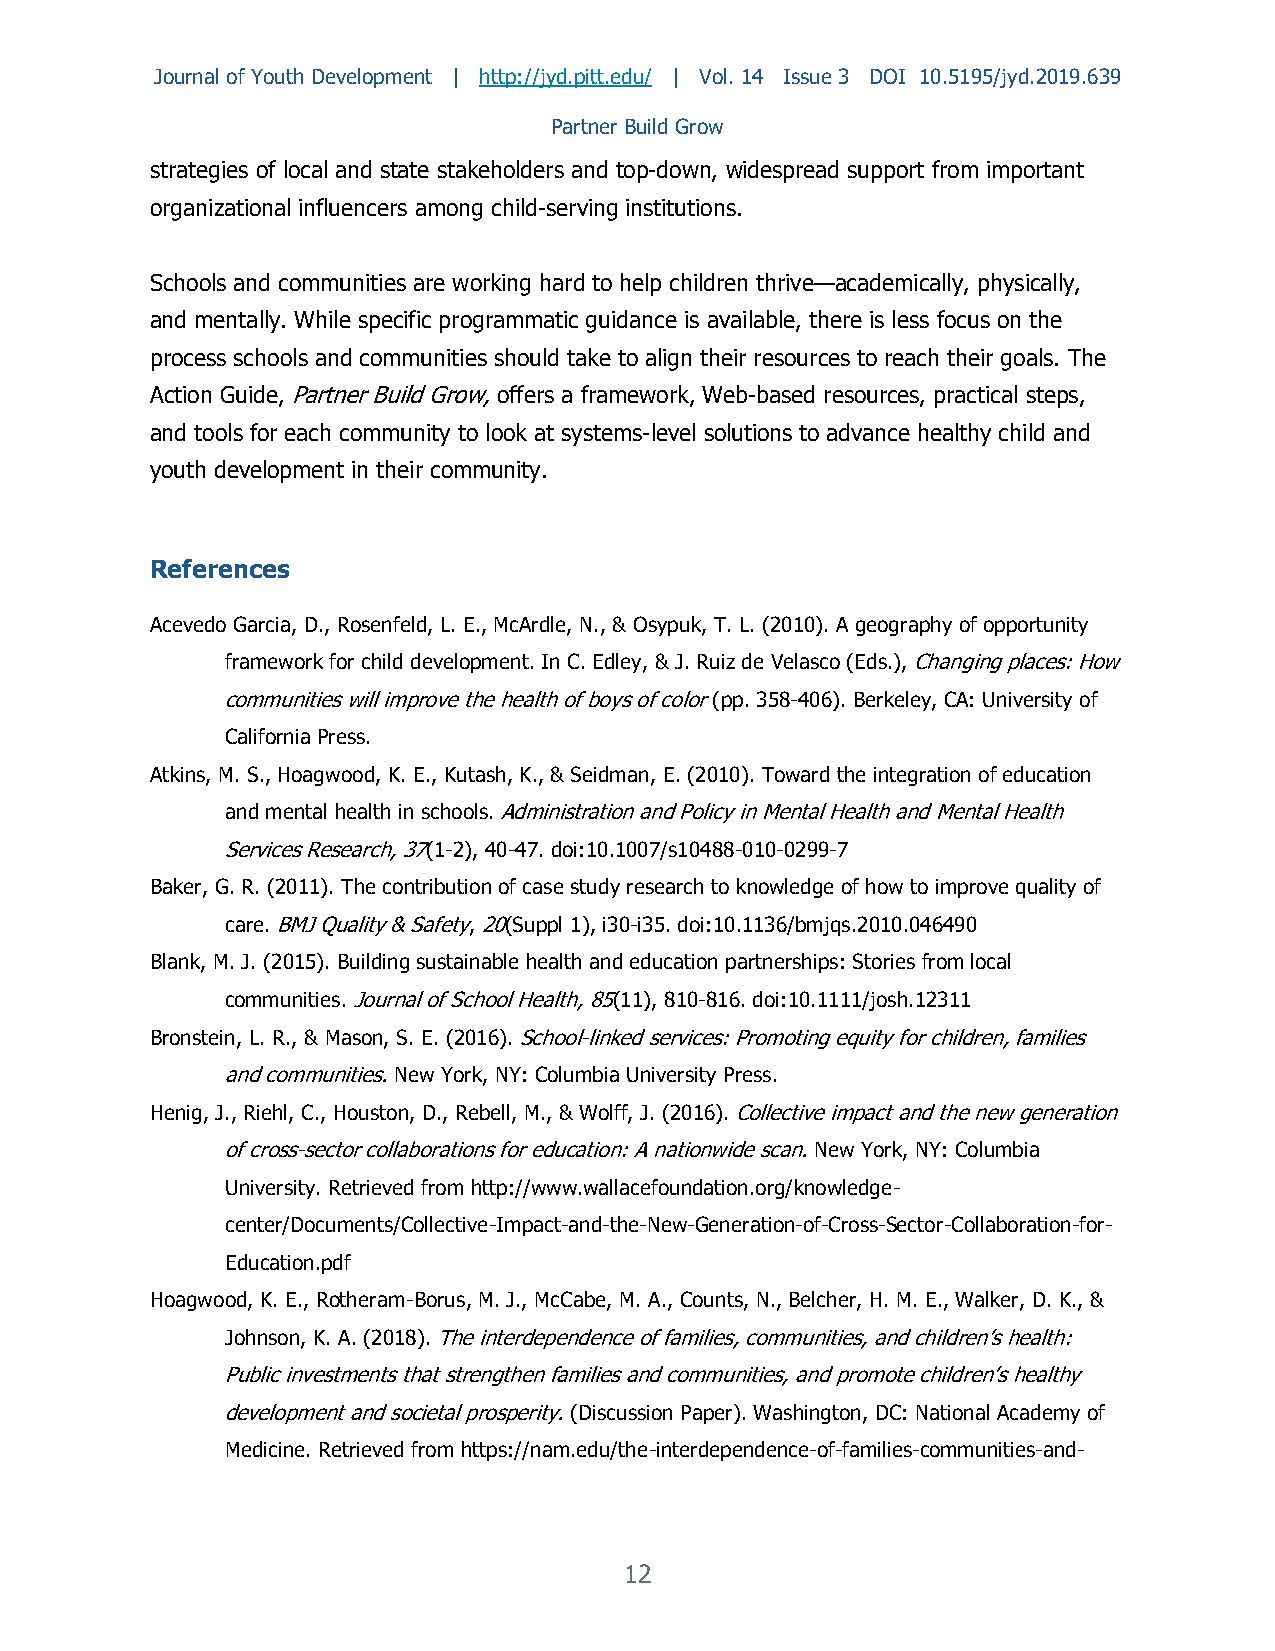
Journal of Youth Development | http://jyd.pitt.edu/ | Vol. 14 Issue 3 DOI 10.5195/jyd.2019.639
 Partner Build Grow
 strategies of local and state stakeholders and top-down, widespread support from important
 organizational influencers among child-serving institutions.
 Schools and communities are working hard to help children thrive—academically, physically,
 and mentally. While specific programmatic guidance is available, there is less focus on the
 process schools and communities should take to align their resources to reach their goals. The
 Action Guide, Partner Build Grow, offers a framework, Web-based resources, practical steps,
 and tools for each community to look at systems-level solutions to advance healthy child and
 youth development in their community.
 References
 Acevedo Garcia, D., Rosenfeld, L. E., McArdle, N., & Osypuk, T. L. (2010). A geography of opportunity
 framework for child development. In C. Edley, & J. Ruiz de Velasco (Eds.), Changing places: How
 communities will improve the health of boys of color (pp. 358-406). Berkeley, CA: University of
 California Press.
 Atkins, M. S., Hoagwood, K. E., Kutash, K., & Seidman, E. (2010). Toward the integration of education
 and mental health in schools. Administration and Policy in Mental Health and Mental Health
 Services Research, 37(1-2), 40-47. doi:10.1007/s10488-010-0299-7
 Baker, G. R. (2011). The contribution of case study research to knowledge of how to improve quality of
 care. BMJ Quality & Safety, 20(Suppl 1), i30-i35. doi:10.1136/bmjqs.2010.046490
 Blank, M. J. (2015). Building sustainable health and education partnerships: Stories from local
 communities. Journal of School Health, 85(11), 810-816. doi:10.1111/josh.12311
 Bronstein, L. R., & Mason, S. E. (2016). School-linked services: Promoting equity for children, families
 and communities. New York, NY: Columbia University Press.
 Henig, J., Riehl, C., Houston, D., Rebell, M., & Wolff, J. (2016). Collective impact and the new generation
 of cross-sector collaborations for education: A nationwide scan. New York, NY: Columbia
 University. Retrieved from http://www.wallacefoundation.org/knowledge-
 center/Documents/Collective-Impact-and-the-New-Generation-of-Cross-Sector-Collaboration-for-
 Education.pdf
 Hoagwood, K. E., Rotheram-Borus, M. J., McCabe, M. A., Counts, N., Belcher, H. M. E., Walker, D. K., &
 Johnson, K. A. (2018). The interdependence of families, communities, and children’s health:
 Public investments that strengthen families and communities, and promote children’s healthy
 development and societal prosperity. (Discussion Paper). Washington, DC: National Academy of
 Medicine. Retrieved from https://nam.edu/the-interdependence-of-families-communities-and-
 12